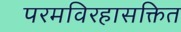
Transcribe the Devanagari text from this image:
परमविरहासक्तित